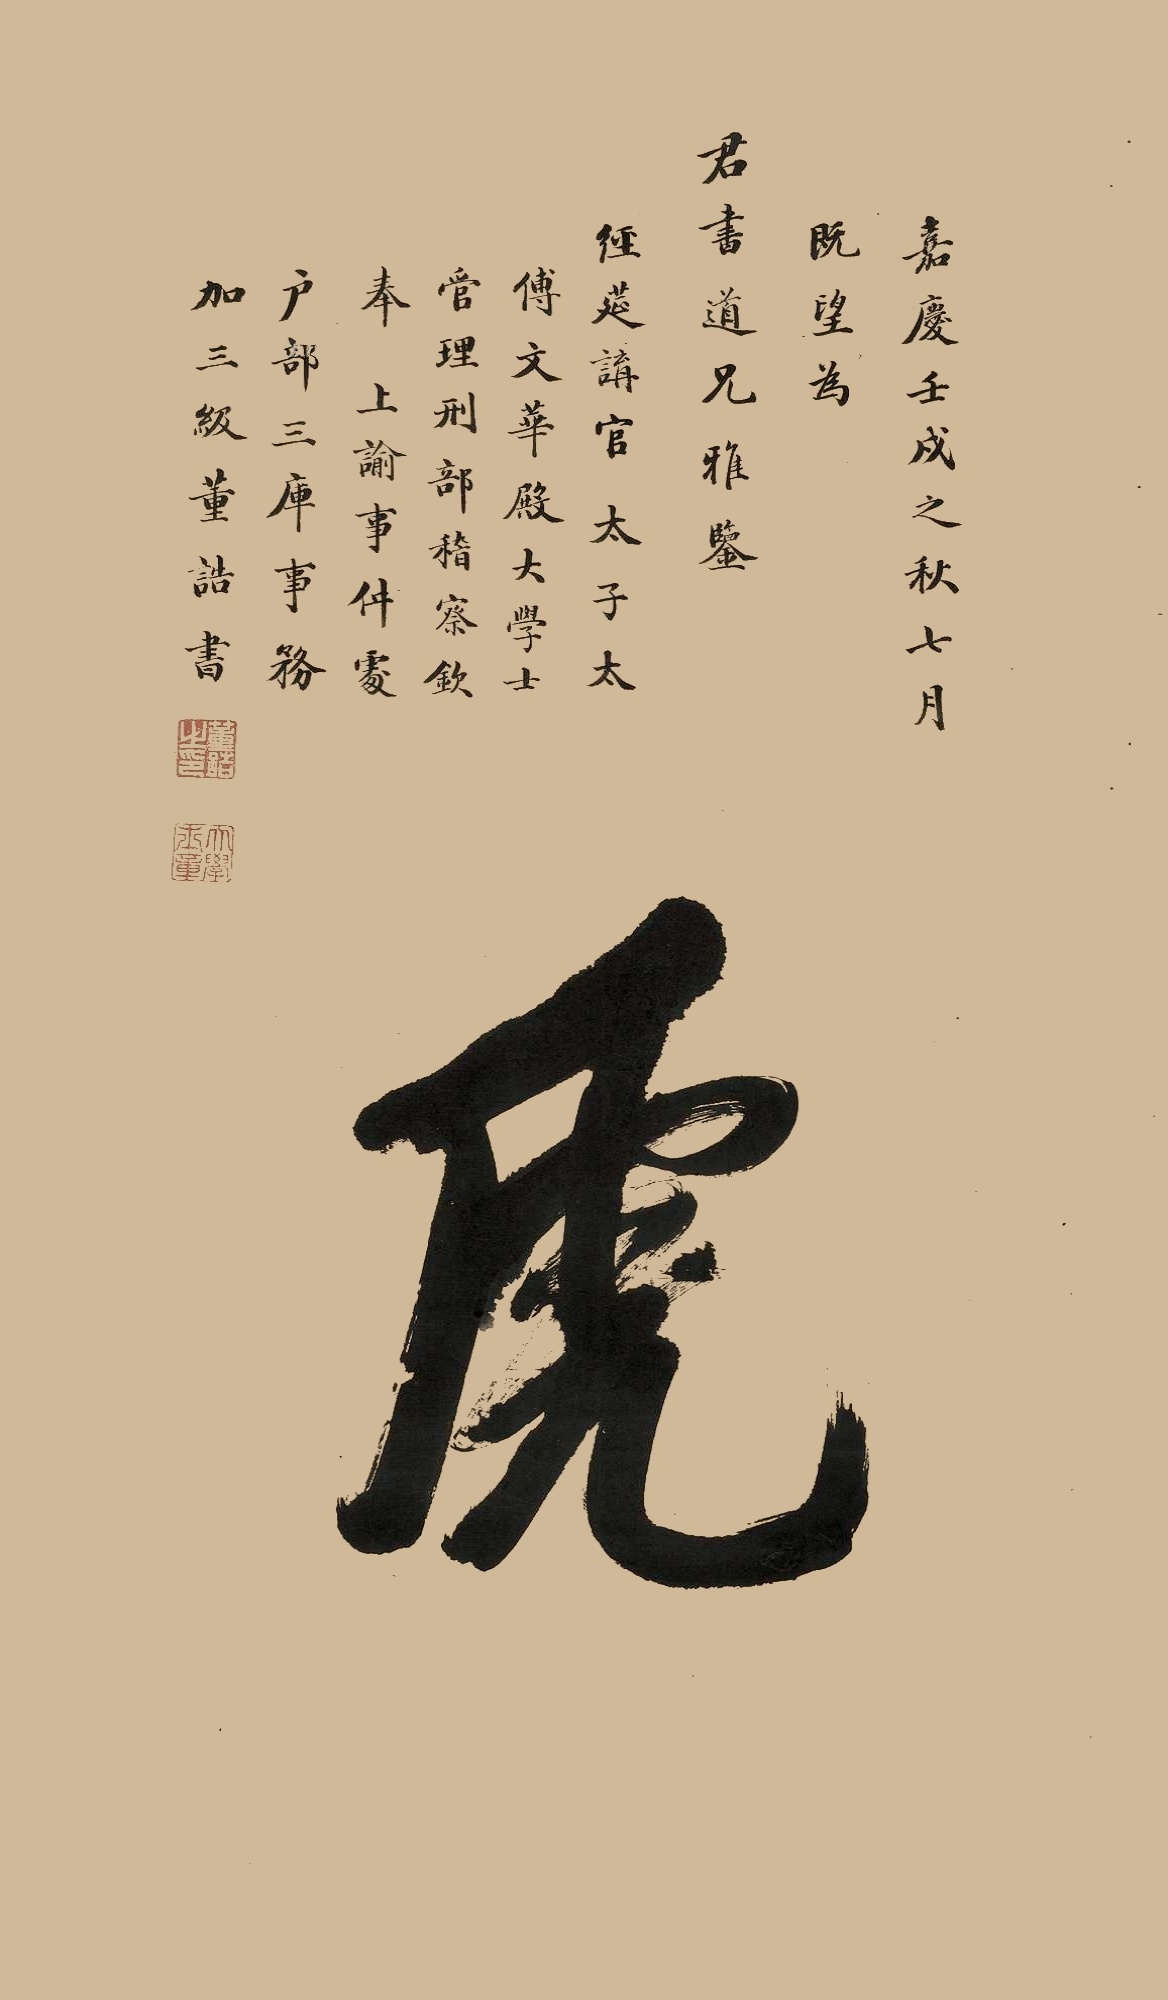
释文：虎。嘉庆壬戌之秋七月既望为。君书道兄雅鉴，经莚讲官、太子太傅文华殿大学士、管理刑部稽察钦奉，上谕事仲处，户部三库事务加三级，董诰书。